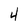
Character: 4